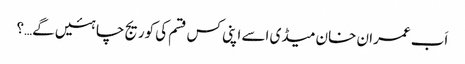
اَب عمران خان میڈی اسے اپنی کس قسم کی کوریج چاہئیں گے…؟